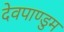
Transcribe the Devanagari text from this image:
देवपाण्डुम